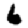
Digit: 6